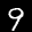
Label: 9